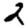
Digit: 2